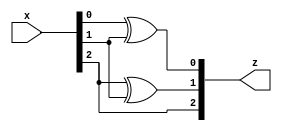
module Binary_GrayCode(input [2:0] x, output [2:0] z);
  assign z[0] = x[0] ^ x[1];
  assign z[1] = x[2] ^ x[1];
  assign z[2] = x[2];
endmodule